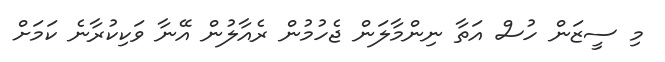
މި ސީޒަން ހުސް އަތާ ނިންމާލަން ޖެހުމުން ރެއާލުން އޭނާ ވަކިކުރާނެ ކަމަށް